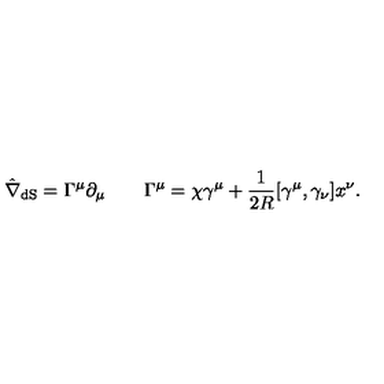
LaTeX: \hat { \nabla } _ { \mathrm { d S } } = \Gamma ^ { \mu } \partial _ { \mu } \qquad \Gamma ^ { \mu } = \chi \gamma ^ { \mu } + \frac { 1 } { 2 R } [ \gamma ^ { \mu } , \gamma _ { \nu } ] x ^ { \nu } .